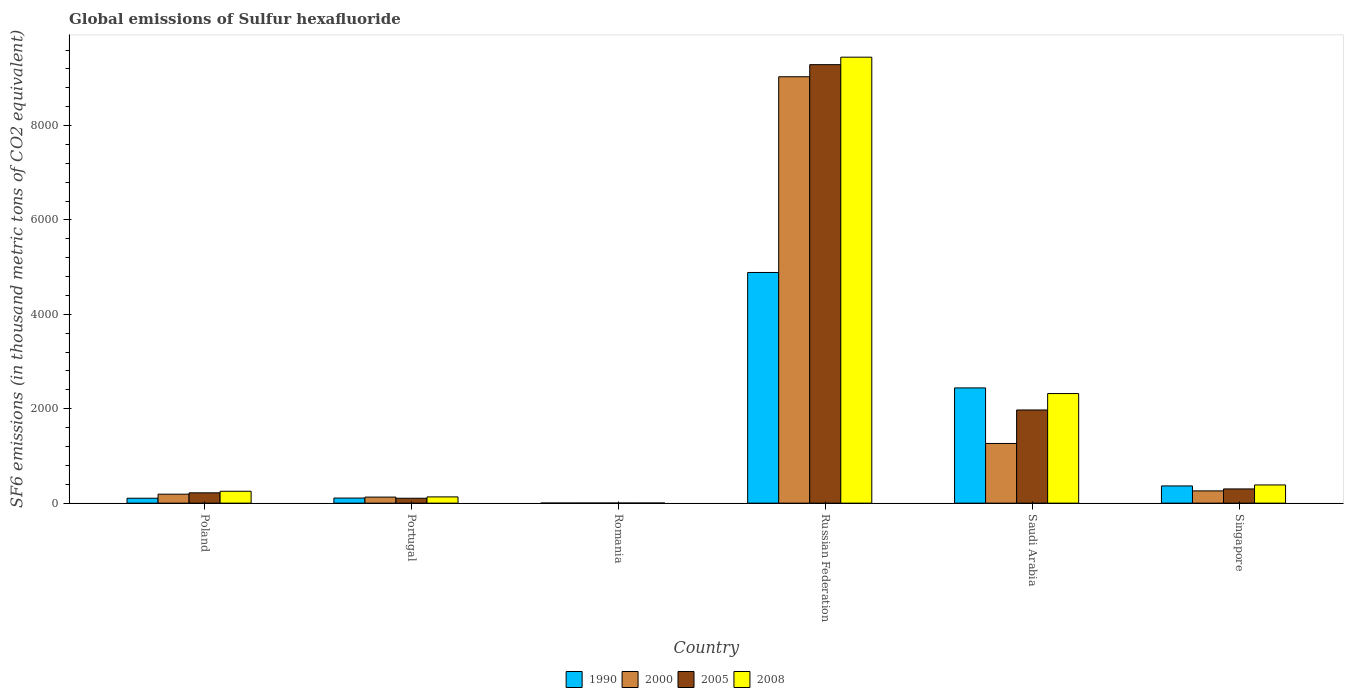
| Country | 1990 | 2000 | 2005 | 2008 |
 | --- | --- | --- | --- | --- |
 | Poland | 104 | 190 | 218 | 252 |
 | Portugal | 108 | 128 | 104 | 132 |
 | Romania | 1.6 | 2 | 2.2 | 2.3 |
 | Russian Federation | 4.89e+03 | 9.03e+03 | 9.29e+03 | 9.45e+03 |
 | Saudi Arabia | 2.44e+03 | 1.26e+03 | 1.97e+03 | 2.32e+03 |
 | Singapore | 365 | 260 | 301 | 386 |